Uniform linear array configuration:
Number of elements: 12
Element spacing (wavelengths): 0.5
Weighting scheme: hamming
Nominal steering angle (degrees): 60
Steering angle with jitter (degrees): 60.273
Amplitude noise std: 0.05
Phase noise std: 0.05

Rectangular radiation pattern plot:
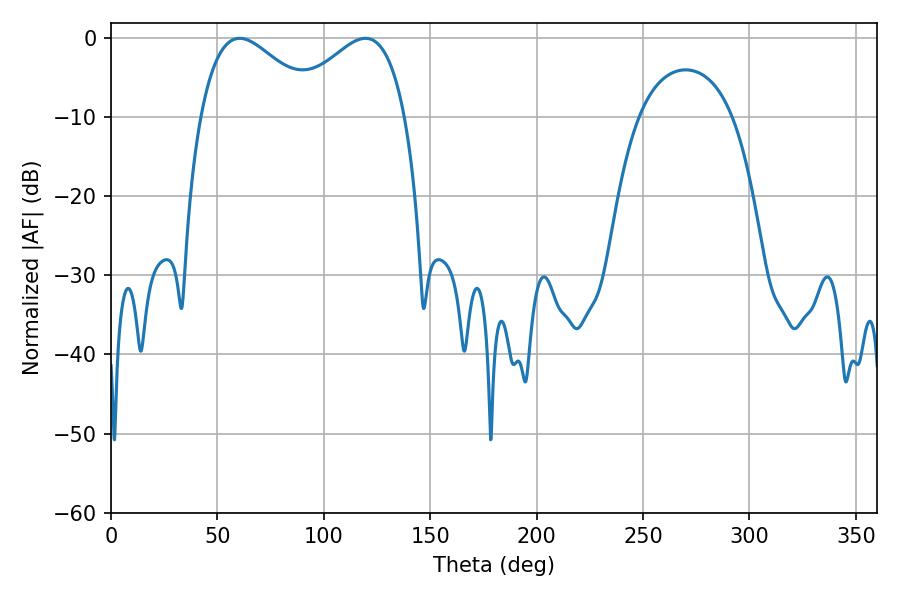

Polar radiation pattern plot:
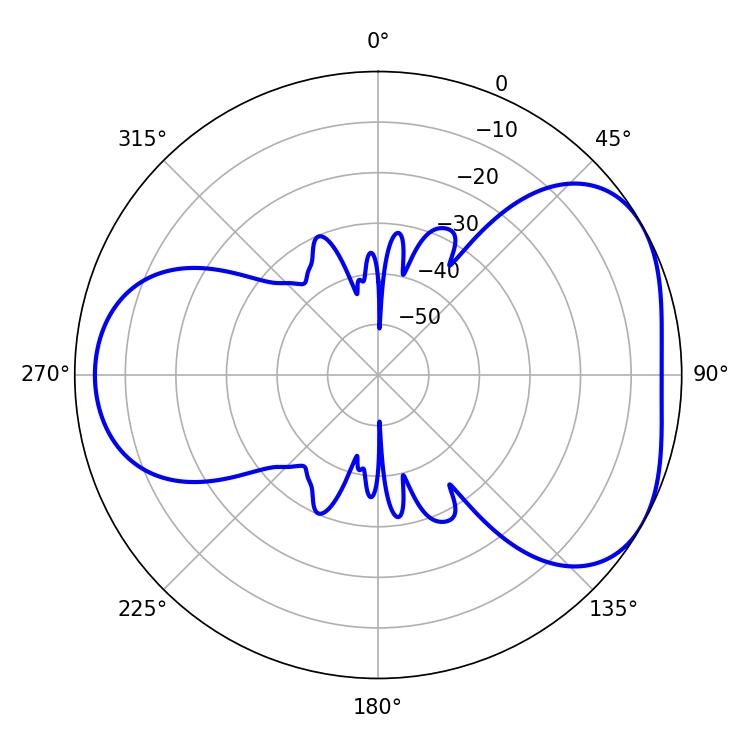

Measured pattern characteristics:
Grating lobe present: FALSE
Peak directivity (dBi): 4.409
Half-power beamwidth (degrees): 30.06
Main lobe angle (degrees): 60.48